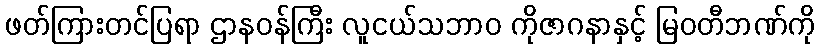
ဖတ်ကြားတင်ပြရာ ဌာနဝန်ကြီး လူငယ်သဘာ၀ ကိုဇာဂနာနှင့် မြဝတီဘဏ်ကို